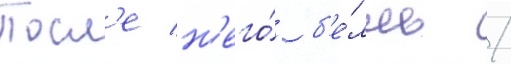
Посл'е н'его́ б'е́лль /